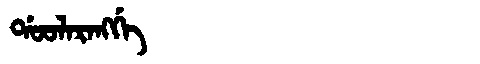
Manchu: ᡩᠣᠣᠯᠠᡵᠠᠩᡤᡝ
Romanization: DOOLARANGGE